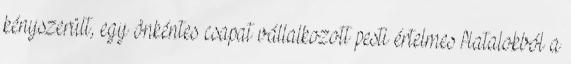
kényszerült, egy önkéntes csapat vállalkozott pesti értelmes fiatalokból a